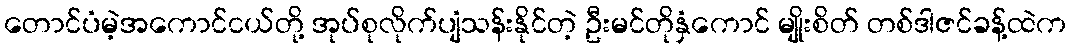
တောင်ပံမဲ့အကောင်ငယ်တို့ အုပ်စုလိုက်ပျံသန်းနိုင်တဲ့ ဦးမင်တိုနှံကောင် မျိုးစိတ် တစ်ဒါဇင်ခန့်ထဲက